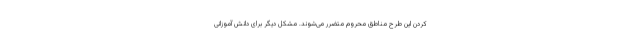
کردن این طرح مناطق محروم متضرر می‌شوند. مشکل دیگر برای دانش آموزانی